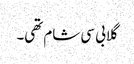
گلابی سی شام تھی۔